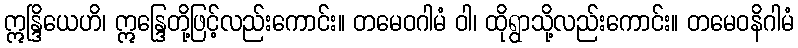
ဣန္ဒြိယေဟိ၊ ဣန္ဒြေတို့ဖြင့်လည်းကောင်း။ တမေဝဂါမံ ဝါ၊ ထိုရွာသို့လည်းကောင်း။ တမေဝနိဂါမံ